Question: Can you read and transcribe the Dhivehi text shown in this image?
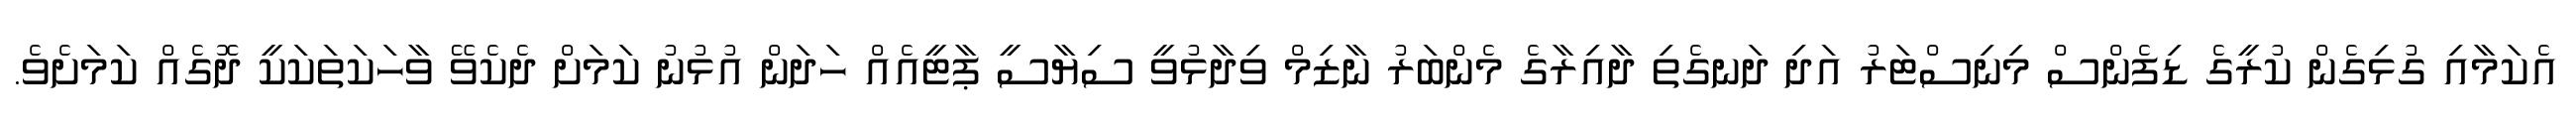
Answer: އެކަމާއި ގުޅިގެން ކުރީގެ ޑިފެންސް މިނިސްޓަރު އަދި ދަނގެތި ދާއިރާގެ މެންބަރު ނާޒިމް ވިދާޅުވީ ސިޔާސީ ޕާޓީއެއް ހަދަން އުޅުނު ކަމަށް ދެކެވޭ ވާހަކަތަކަކީ ދޮގެއް ކަމަށެވެ.